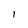
Character: l